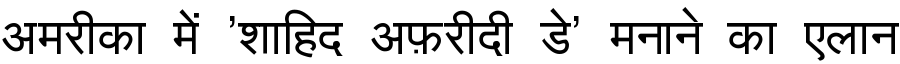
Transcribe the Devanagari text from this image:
अमरीका में 'शाहिद अफ़रीदी डे' मनाने का एलान